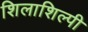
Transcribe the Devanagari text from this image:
शिलाशिल्पी